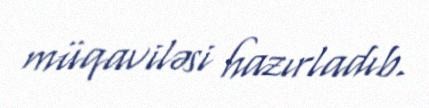
müqaviləsi hazırladıb.